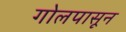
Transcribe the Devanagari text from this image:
गोलपासून